Lunatic asylums in Bengal annual reports 1899-1911 - 1899-1911
Year: 1899
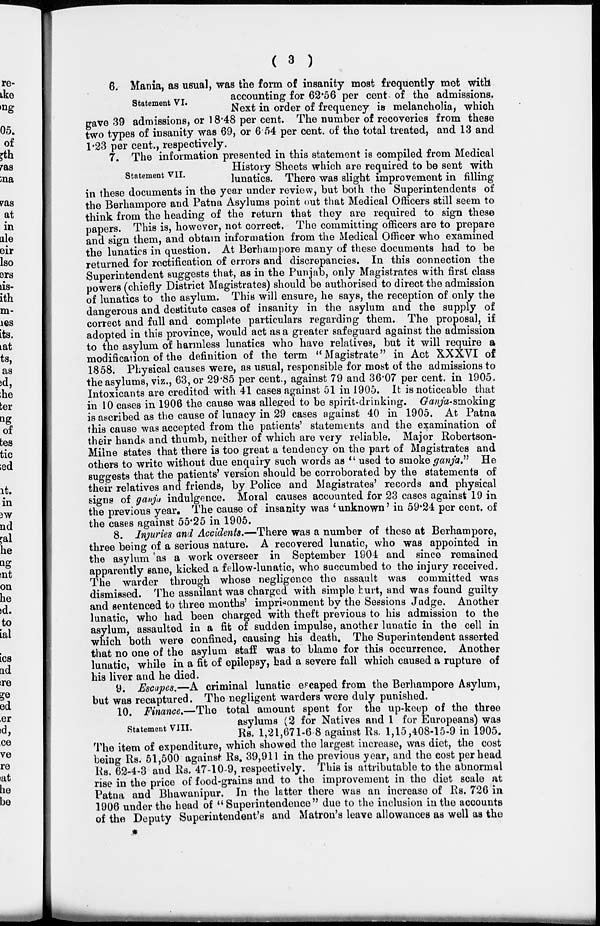
( 3 )
Statement VI.
6. Mania, as usual, was the form of insanity most frequently met with
accounting for 62.56 per cent of the admissions.
Next in order of frequency is melancholia, which
gave 39 admissions, or 18.48 per cent. The number of recoveries from these
two types of insanity was 69, or 6.54 per cent. of the total treated, and 13 and
1.23 per cent., respectively.
Statement VII.
7. The information presented in this statement is compiled from Medical
History Sheets which are required to be sent with
lunatics. There was slight improvement in filling
in these documents in the year under review, but both the Superintendents of
the Berhampore and Patna Asylums point out that Medical Officers still seem to
think from the heading of the return that they are required to sign these
papers. This is, however, not correct. The committing officers are to prepare
and sign them, and obtain information from the Medical Officer who examined
the lunatics in question. At Berhampore many of these documents had to be
returned for rectification of errors and discrepancies. In this connection the
Superintendent suggests that, as in the Punjab, only Magistrates with first class
powers (chiefly District Magistrates) should be authorised to direct the admission
of lunatics to the asylum. This will ensure, he says, the reception of only the
dangerous and destitute cases of insanity in the asylum and the supply of
correct and full and complete particulars regarding them. The proposal, if
adopted in this province, would act as a greater safeguard against the admission
to the asylum of harmless lunatics who have relatives, but it will require a
modification of the definition of the term "Magistrate" in Act XXXVI of
1858. Physical causes were, as usual, responsible for most of the admissions to
the asylums, viz., 63, or 29.85 per cent., against 79 and 36.07 per cent. in 1905.
Intoxicants are credited with 41 cases against 51 in 1905. It is noticeable that
in 10 cases in 1906 the cause was alleged to be spirit-drinking. Ganja-smoking
is ascribed as the cause of lunacy in 29 cases against 40 in 1905. At Patna
this cause was accepted from the patients' statements and the examination of
their hands and thumb, neither of which are very reliable. Major Robertson-
Milne states that there is too great a tendency on the part of Magistrates and
others to write without due enquiry such words as " used to smoke ganja" He
suggests that the patients' version should be corroborated by the statements of
their relatives and friends, by Police and Magistrates' records and physical
signs of ganja indulgence. Moral causes accounted for 23 cases against 19 in
the previous year. The cause of insanity was 'unknown' in 59.24 per cent. of
the cases against 55.25 in 1905.
8. Injuries and Accidents.—There was a number of these at Berhampore,
three being of a serious nature. A recovered lunatic, who was appointed in
the asylum as a work overseer in September 1904 and since remained
apparently sane, kicked a fellow-lunatic, who succumbed to the injury received.
The warder through whose negligence the assault was committed was
dismissed. The assailant was charged with simple hurt, and was found guilty
and sentenced to three months' imprisonment by the Sessions Judge. Another
lunatic, who had been charged with theft previous to his admission to the
asylum, assaulted in a fit of sudden impulse, another lunatic in the cell in
which both were confined, causing his death. The Superintendent asserted
that no one of the asylum staff was to blame for this occurrence. Another
lunatic, while in a fit of epilepsy, had a severe fall which caused a rupture of
his liver and he died.
9. Escapes.—A criminal lunatic escaped from the Berhampore Asylum,
but was recaptured. The negligent warders were duly punished.
Statement VIII.
10. Finance.—The total amount spent for the up-keep of the three
asylums (2 for Natives and 1 for Europeans) was
Rs. 1,21,671-6 8 against Rs. 1,15,408-15-9 in 1905.
The item of expenditure, which showed the largest increase, was diet, the cost
being Rs. 51,500 against Rs. 39,911 in the previous year, and the cost per head
Rs. 62-4-3 and Rs. 47-10-9, respectively. This is attributable to the abnormal
rise in the price of food-grains and to the improvement in the diet scale at
Patna and Bhawanipur. In the latter there was an increase of Rs. 726 in
1906 under the head of "Superintendence" due to the inclusion in the accounts
of the Deputy Superintendent's and Matron's leave allowances as well as the